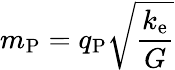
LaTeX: m_{\mathrm{P}}=q_{\mathrm{P}}{\sqrt{\frac{k_{\mathrm{e}}}{G}}}